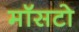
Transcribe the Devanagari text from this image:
मॉसटो